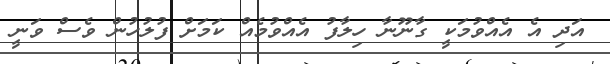
އަދި އެ އެއްވުމަކީ ގާނޫނާ ހިލާފު އެއްވުމެއް ކަމަށް ފުލުހުން ވެސް ވަނީ